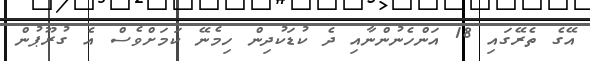
އޭގެ ތެރޭގައި 18 އަންހެނުންނާއި ދެ ކުޑަކުދިން ހިމެނޭ ކަމަށްވެސް އެ ގުރޫޕުން